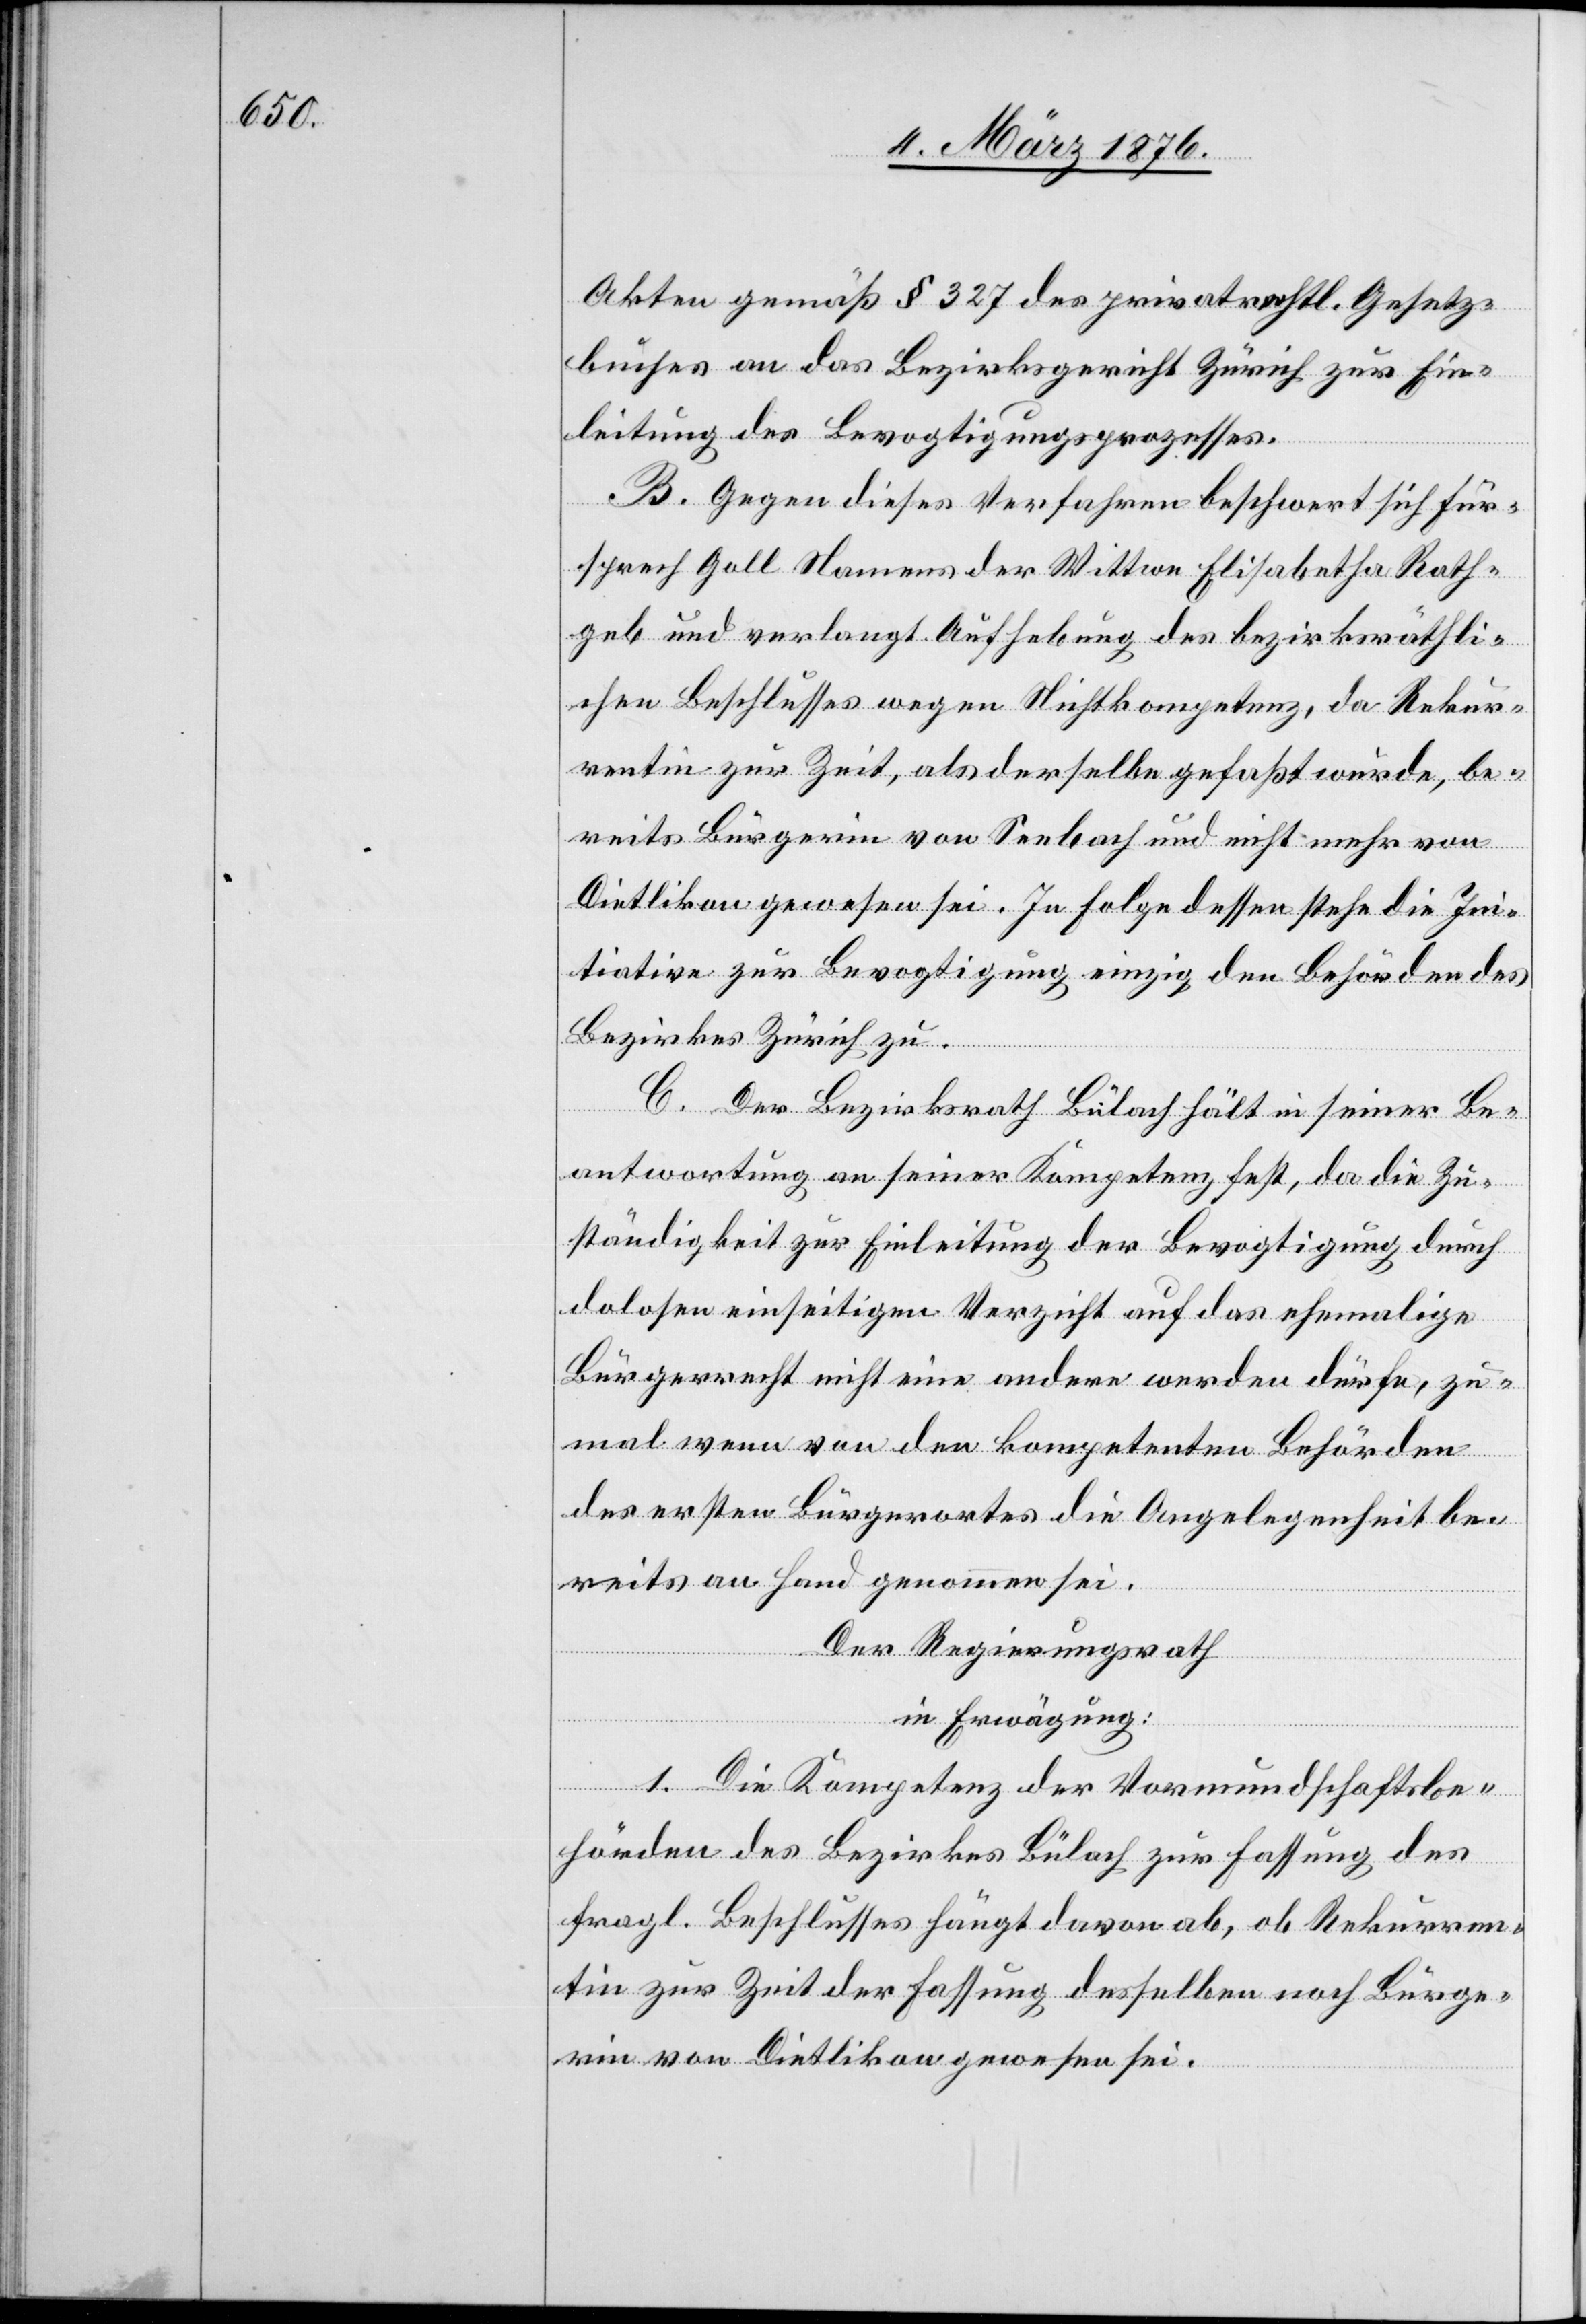
Akten gemäß § 327 des privatrechtl. Gesetz¬
buches an das Bezirksgericht Zürich zur Ein¬
leitung des Bevogtigungsprozesses.
B. Gegen dieses Verfahren beschwert sich Für¬
sprech Goll Namens der Wittwe Elisabetha Rath¬
geb und verlangt Aufhebung des bezirksräthli¬
chen Beschlusses wegen Nichtkompetenz, da Rekur¬
rentin zur Zeit, als derselbe gefaßt wurde, be¬
reits Bürgerin von Seebach und nicht mehr von
Dietlikon gewesen sei. In Folge dessen stehe die Ini¬
tiative zur Bevogtigung einzig der Behörde des
Bezirkes Zürich zu.
C. Der Bezirksrath Bülach hält in seiner Be¬
antwortung an seiner Kompetenz fest, da die Zu¬
ständigkeit zur Einleitung der Bevogtigung durch
dolosen einseitigen Verzicht auf das ehemalige
Bürgerrecht nicht eine andere werden dürfe, zu¬
mal wenn von den kompetenten Behörden
des ersten Bürgerortes die Angelegenheit be¬
reits an Hand genommen sei.
Der Regierungsrath,
in Erwägung:
1. Die Kompetenz der Vormundschaftsbe¬
hörde des Bezirkes Bülach zur Fassung des
fragl. Beschlusses hängt davon ab, ob Rekurren¬
tin zur Zeit der Fassung desselben noch Bürge¬
rin von Dietlikon gewesen sei.